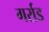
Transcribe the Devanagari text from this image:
गर्राड